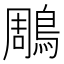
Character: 鵰